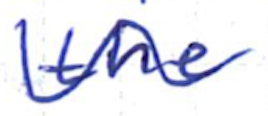
Text: the
Cross-out: wave
Writing tool: ballpoint